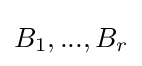
B_{1},...,B_{r}